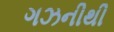
ગઝનીથી